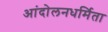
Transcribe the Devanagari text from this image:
आंदोलनधर्मिता